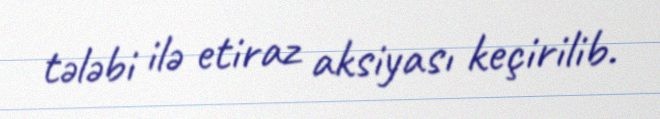
tələbi ilə etiraz aksiyası keçirilib.